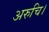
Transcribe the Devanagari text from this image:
अरुचि।